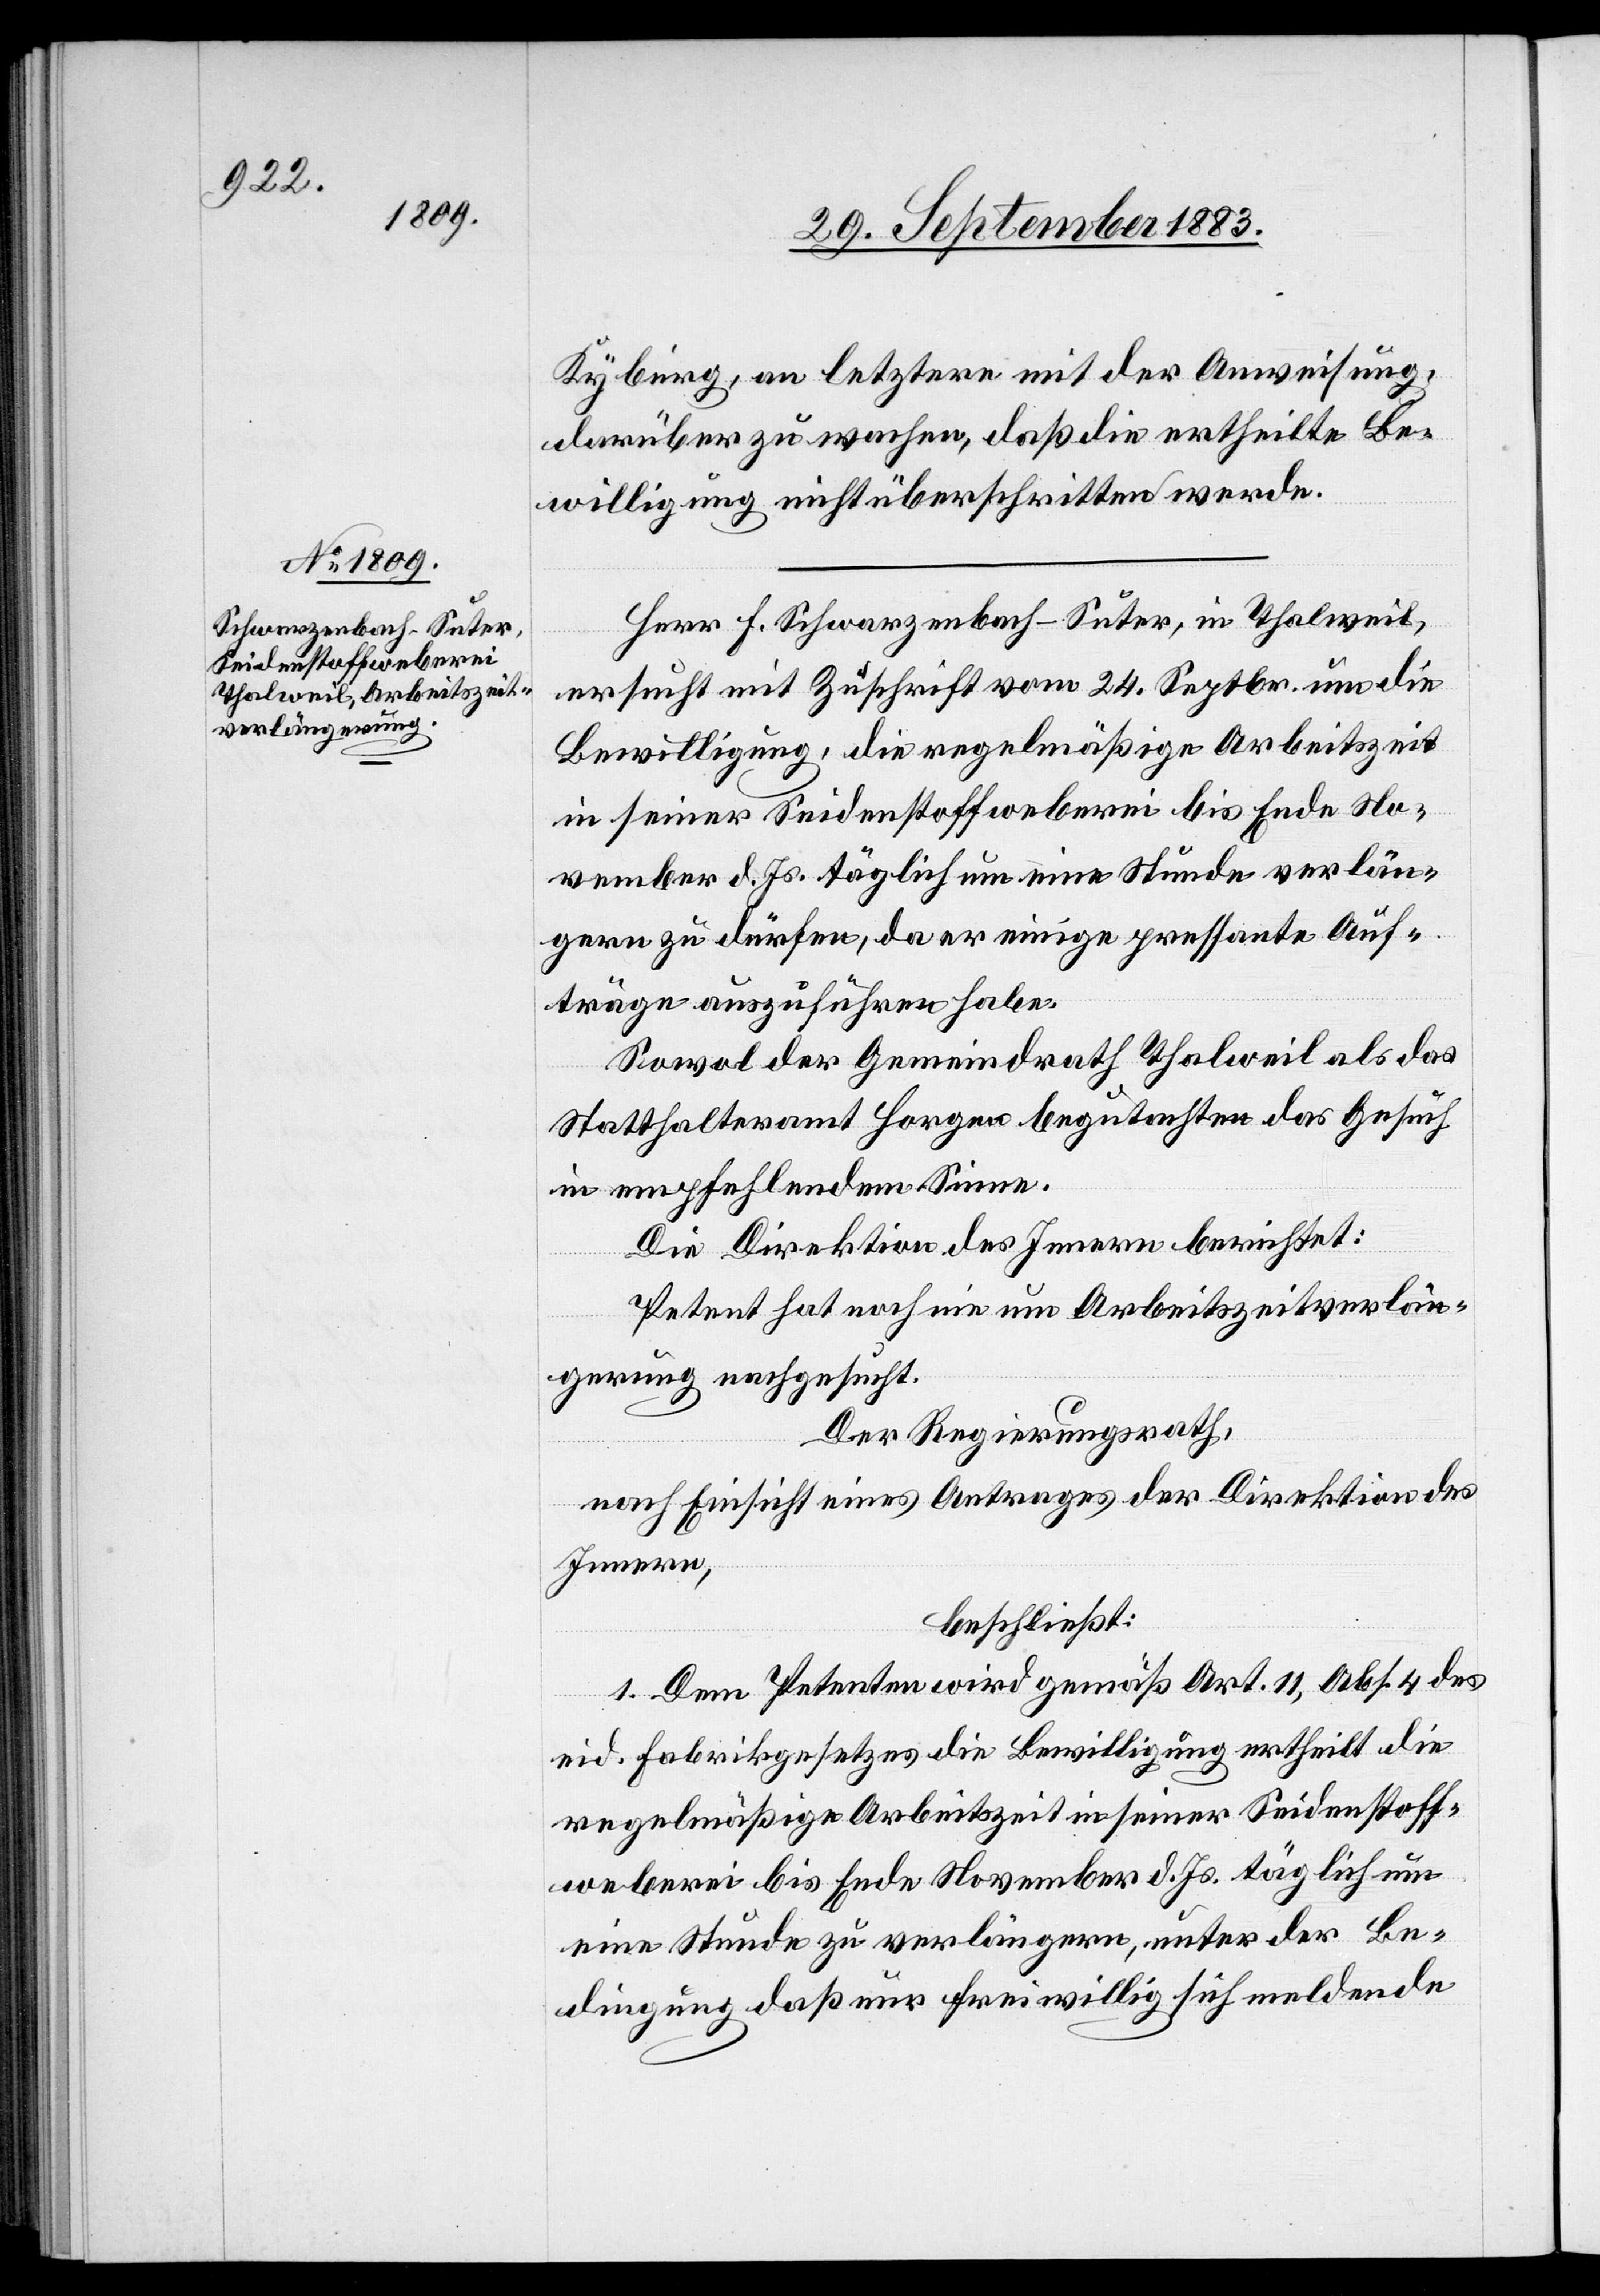
Kyburg, an letztere mit der Anweisung,
darüber zu wachen, daß die ertheilte Be¬
willigung nicht überschritten werde.
Herr F. Schwarzenbach-Suter, in Thalweil,
ersucht mit Zuschrift vom 24. Septbr. um die
Bewilligung, die regelmäßige Arbeitszeit
in seiner Seidenstoffweberei bis Ende No¬
vember d. Js. täglich um eine Stunde verlän¬
gern zu dürfen, da er einige pressante Auf¬
träge auszuführen habe.
Sowol der Gemeindrath Thalweil als das
Statthalteramt Horgen begutachten das Gesuch
in empfehlendem Sinne.
Die Direktion des Innern berichtet:
Petent hat noch nie um Arbeitszeitverlän¬
gerung nachgesucht.
Der Regierungsrath,
nach Einsicht eines Antrages der Direktion des
Innern,
beschließt:
1. Dem Petenten wird gemäß Art. 11, Abs. 4 des
eid. Fabrikgesetzes die Bewilligung ertheilt die
regelmäßige Arbeitszeit in seiner Seidenstoff¬
weberei bis Ende November d. Js. täglich um
eine Stunde zu verlängern, unter der Be¬
dingung, daß nur freiwillig sich meldende